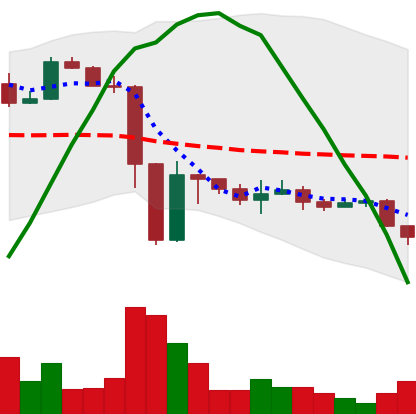
Ticker: ETH-USD
Chart end date: 2022-11-21
Forward return: 8.801%
Label: up_7plus